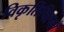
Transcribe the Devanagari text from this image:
विकृतिचिह्नों